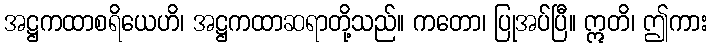
အဋ္ဌကထာစရိယေဟိ၊ အဋ္ဌကထာဆရာတို့သည်။ ကတော၊ ပြုအပ်ပြီ။ ဣတိ၊ ဤကား